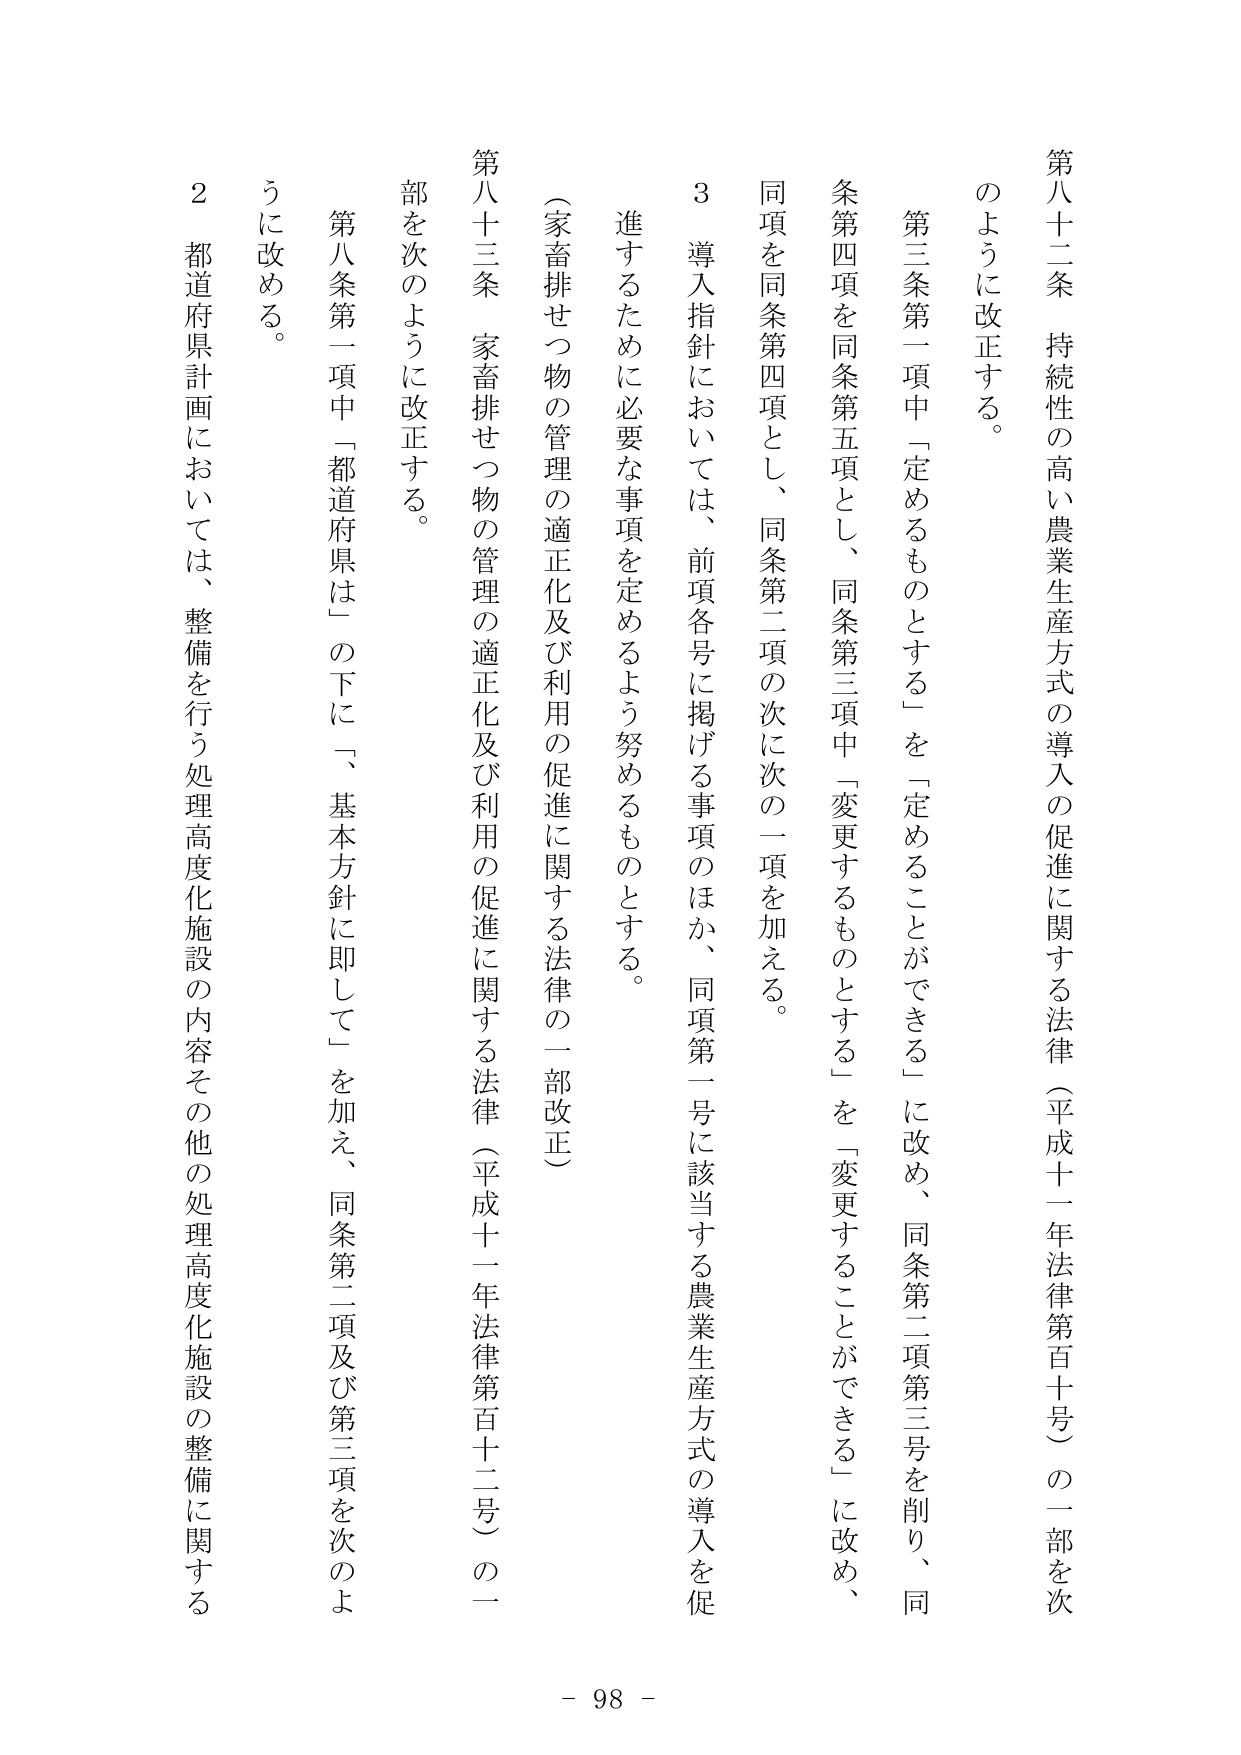
第八十二条　持続性の高い農業生産方式の導入の促進に関する法律（平成十一年法律第百十号）の一部を次のように改正する。

第三条第一項中「定めるものとする」を「定めることができる」に改め、同条第二項第三号を削り、同条第四項を同条第五項とし、同条第三項中「変更するものとする」を「変更することができる」に改め、同項を同条第四項とし、同条第二項の次に次の一項を加える。

３　導入指針においては、前項各号に掲げる事項のほか、同項第一号に該当する農業生産方式の導入を促進するために必要な事項を定めるよう努めるものとする。

（家畜排せつ物の管理の適正化及び利用の促進に関する法律の一部改正）

第八十三条　家畜排せつ物の管理の適正化及び利用の促進に関する法律（平成十一年法律第百十二号）の一部を次のように改正する。

第八条第一項中「都道府県は」の下に「、基本方針に即して」を加え、同条第二項及び第三項を次のように改める。

２　都道府県計画においては、整備を行う処理高度化施設の内容その他の処理高度化施設の整備に関する

- 98 -